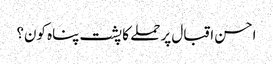
احسن اقبال پر حملے کا پشت پناہ کون؟